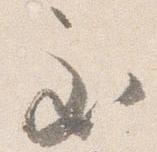
至